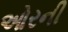
ઓરની